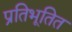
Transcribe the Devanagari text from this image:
प्रतिभूतित